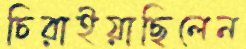
চিরাইয়াছিলেন